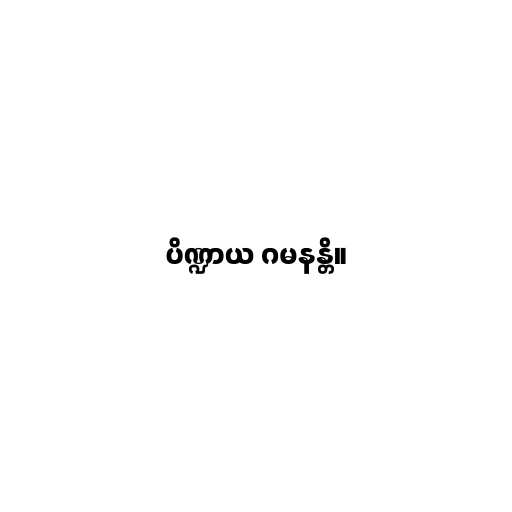
ပိဏ္ဍာယ ဂမနန္တိ။